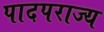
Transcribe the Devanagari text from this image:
पादपराज्य